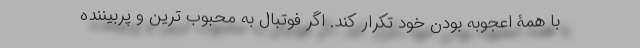
با همۀ اعجوبه بودن خود تکرار کند. اگر فوتبال به محبوب ترین و پربیننده